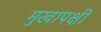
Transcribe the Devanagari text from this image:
मुखापक्षी